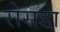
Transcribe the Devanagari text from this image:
रोसडा़